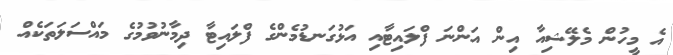
އެ މީހުން މެލޭޝިއާ އިން އަންނަ ފްލައިޓާއި އަޅުގަނޑުމެންގެ ފްލައިޓާ ދިމާނުވުމުގެ މައްސަލަތަކެއް